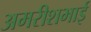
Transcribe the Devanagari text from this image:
अमरीशभाई